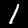
Label: 1